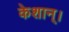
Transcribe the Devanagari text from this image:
केशान्।